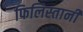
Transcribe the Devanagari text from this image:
फिलिस्तानी